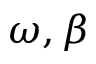
\omega , \beta